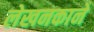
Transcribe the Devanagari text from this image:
लेखनकाने